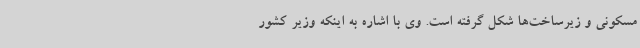
مسکونی و زیرساخت‌ها شکل گرفته است. وی با اشاره به اینکه وزیر کشور